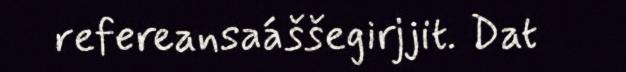
refereansaáššegirjjit. Dat